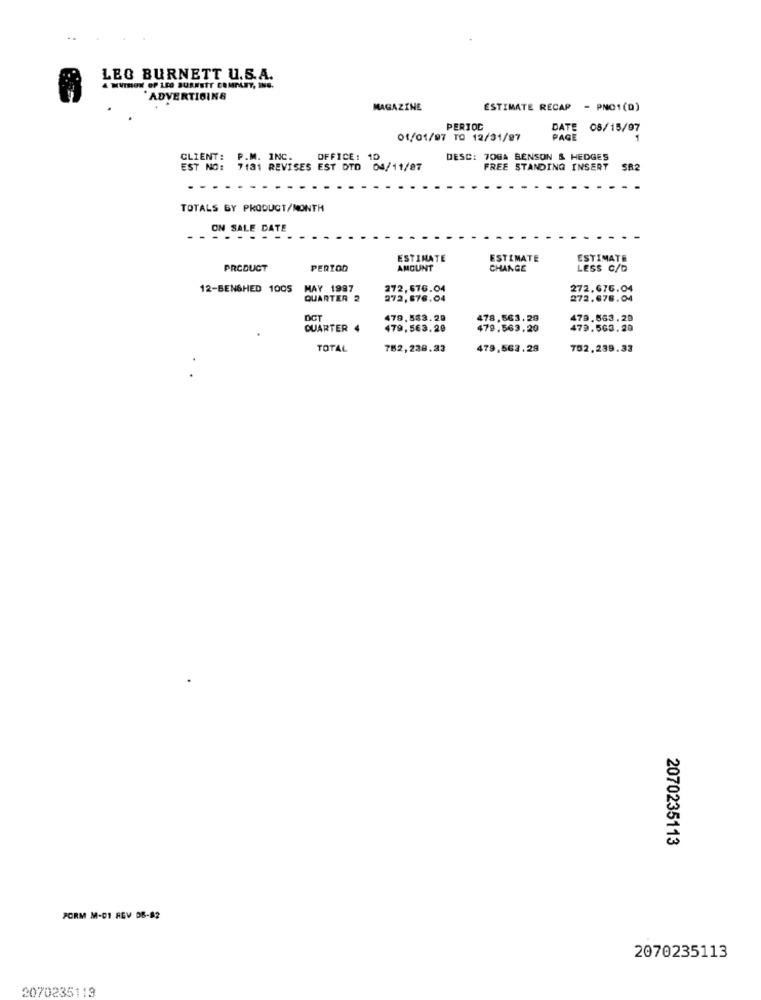
LEO BURNETT U.S.A.
ADVERTISING
MAGAZINE
ESTIMATE RECAP - PNO1(D)
PERIOD
DATE 08/15/97
01/01/97 TO 12/31/97
PAGE
CLIENT:
P.M. INC.
OFFICE: 10
DESC: 70GA BENSON & HEDGES
EST NO: 7131 REVISES EST DTD 04/11/87
FREE STANDING INSERT
SA2
TOTALS BY PRODUCT/MONTH
ON SALE DATE
........
ESTIMATE
ESTIMATE
ESTIMATE
PRODUCT
PERIOD
AMOUNT
CHANGE
LESS C/D
12-BEN&HED 1005
MAY 1997
272,676.04
QUARTER 2
272,676.04
272.678.04
DOT
479,533.29
478,563.29
479.563.29
QUARTER 4
479,563.20
479,563.20
479.563.20
TOTAL
782,238.33
479,563.29
752,239.33
2070235113
FORM M-01 REV DB-82
2070235113
2070235113